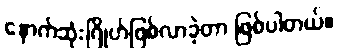
နောက်ဆုံးဂြိုဟ်ဖြစ်လာခဲ့တာ ဖြစ်ပါတယ်။